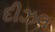
દીઝલ